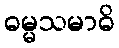
ဓမ္မသမာဓိ